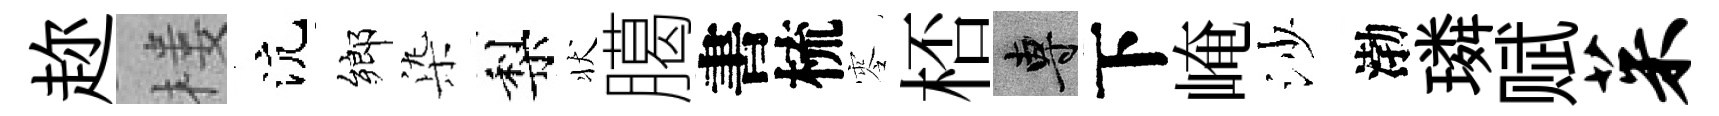
趂楼沆鄉𣑱梨状臈書梳零桮專下崦沙渤璘赋茱